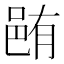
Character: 𨚼